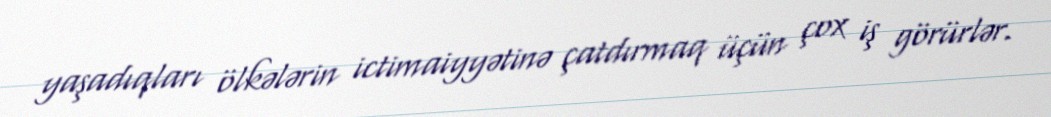
yaşadıqları ölkələrin ictimaiyyətinə çatdırmaq üçün çox iş görürlər.